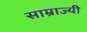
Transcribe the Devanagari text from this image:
साम्राज्यी